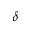
\delta